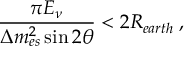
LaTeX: \frac { \pi E _ { \nu } } { \Delta m _ { e s } ^ { 2 } \sin 2 \theta } < 2 R _ { e a r t h } \; ,